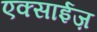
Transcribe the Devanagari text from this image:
एक्साईज़